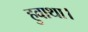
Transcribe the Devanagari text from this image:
हुवाथा।